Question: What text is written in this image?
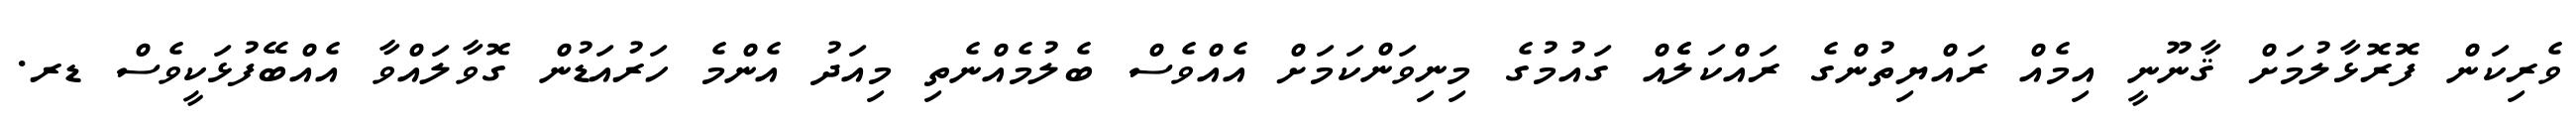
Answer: ވެރިކަން ފޮރޮޅާލުމަށް ޤާނޫނީ އިމެއް ރައްޔިތުންގެ ރައްކަލެެއް ގައުމުގެ މިނިވަންކަމަށް އެއްވެސް ބެލުމެއްނެތި މިއަދު އެންމެ ހަރުއަޑުން ގޮވާލައްވާ އެއްބޭފުޅަކީވެސް ޑރ.